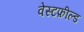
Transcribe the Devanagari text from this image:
वेस्टफ़ील्ड